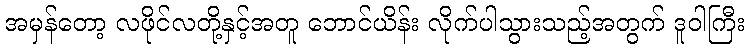
အမှန်တော့ လဖိုင်လတို့နှင့်အတူ ဘောင်ယိန်း လိုက်ပါသွားသည့်အတွက် ဒူဝါကြီး